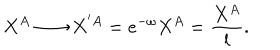
X ^ { A } \longrightarrow X ^ { ' { A } } = e ^ { - \omega } X ^ { A } = \frac { X ^ { A } } { l } .